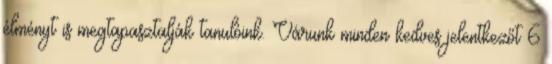
élményt is megtapasztalják tanulóink. Várunk minden kedves jelentkezőt 6